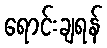
ရောင်းချရန်